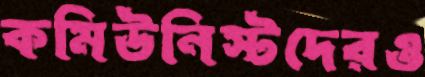
কমিউনিস্টদেরও